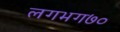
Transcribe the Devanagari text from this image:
लगभग७०